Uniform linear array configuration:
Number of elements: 48
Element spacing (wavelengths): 1
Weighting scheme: hann
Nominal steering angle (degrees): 60
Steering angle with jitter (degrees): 59.96
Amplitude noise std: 0.05
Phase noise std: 0.05

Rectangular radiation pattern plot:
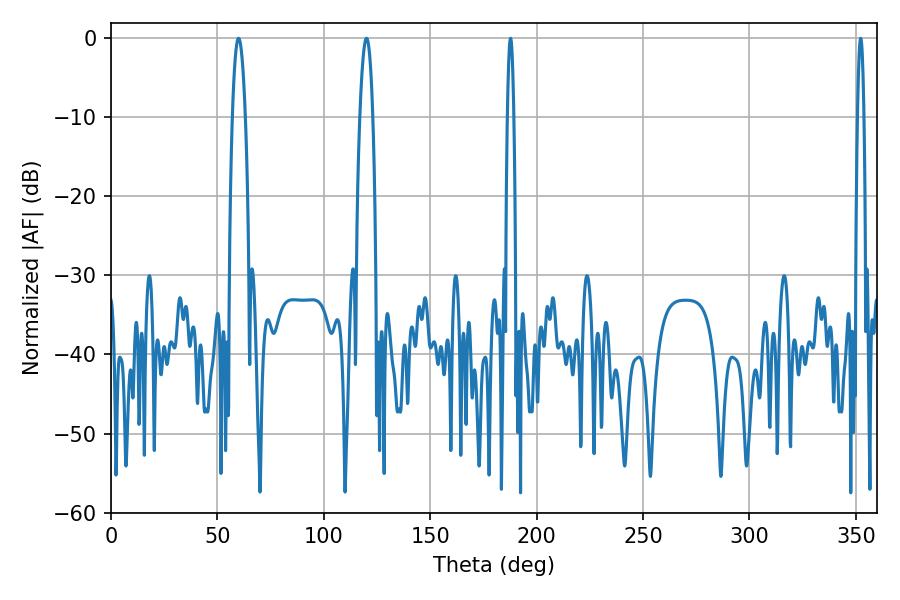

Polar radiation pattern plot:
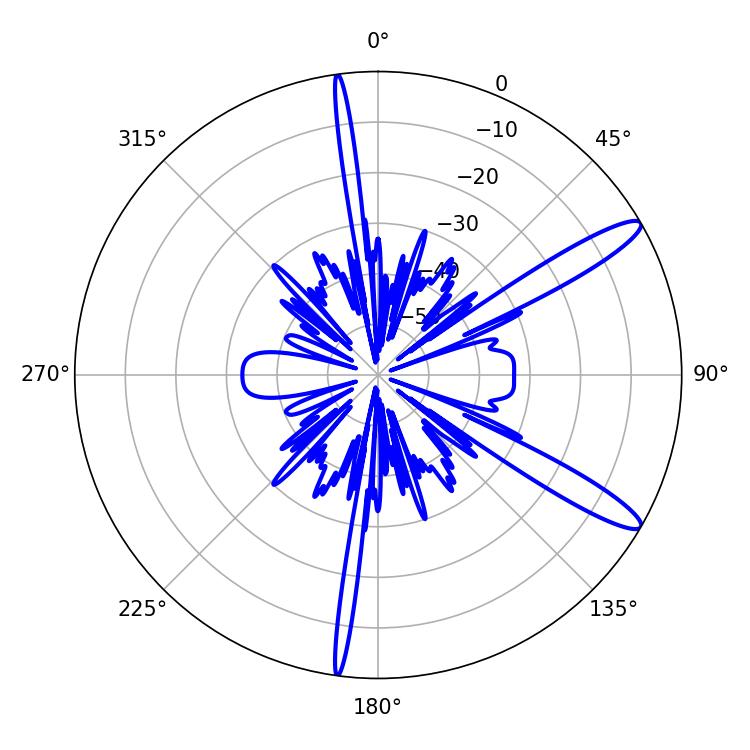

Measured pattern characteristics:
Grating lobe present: TRUE
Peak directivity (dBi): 12.933
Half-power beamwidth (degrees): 3.24
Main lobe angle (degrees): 59.94